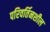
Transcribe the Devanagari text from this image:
परिवर्तिनशील